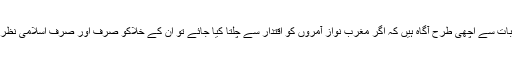
خود امریکہ مغرب اور اسرائیل اس بات سے اچھی طرح آگاہ ہیں کہ اگر مغرب نواز آمروں کو اقتدار سے چلتا کیا جائے تو ان کے خلاکو صرف اور صرف اسلامی نظریات کے لوگ ہی پر کر سکیں گے ۔